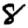
Digit: 8